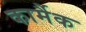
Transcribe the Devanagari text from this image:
कार्मैक